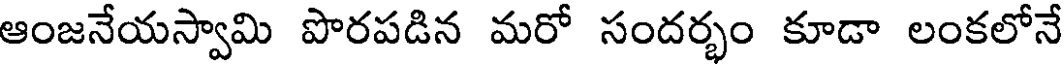
ఆంజనేయస్వామి పొరపడిన మరో సందర్భం కూడా లంకలోనే